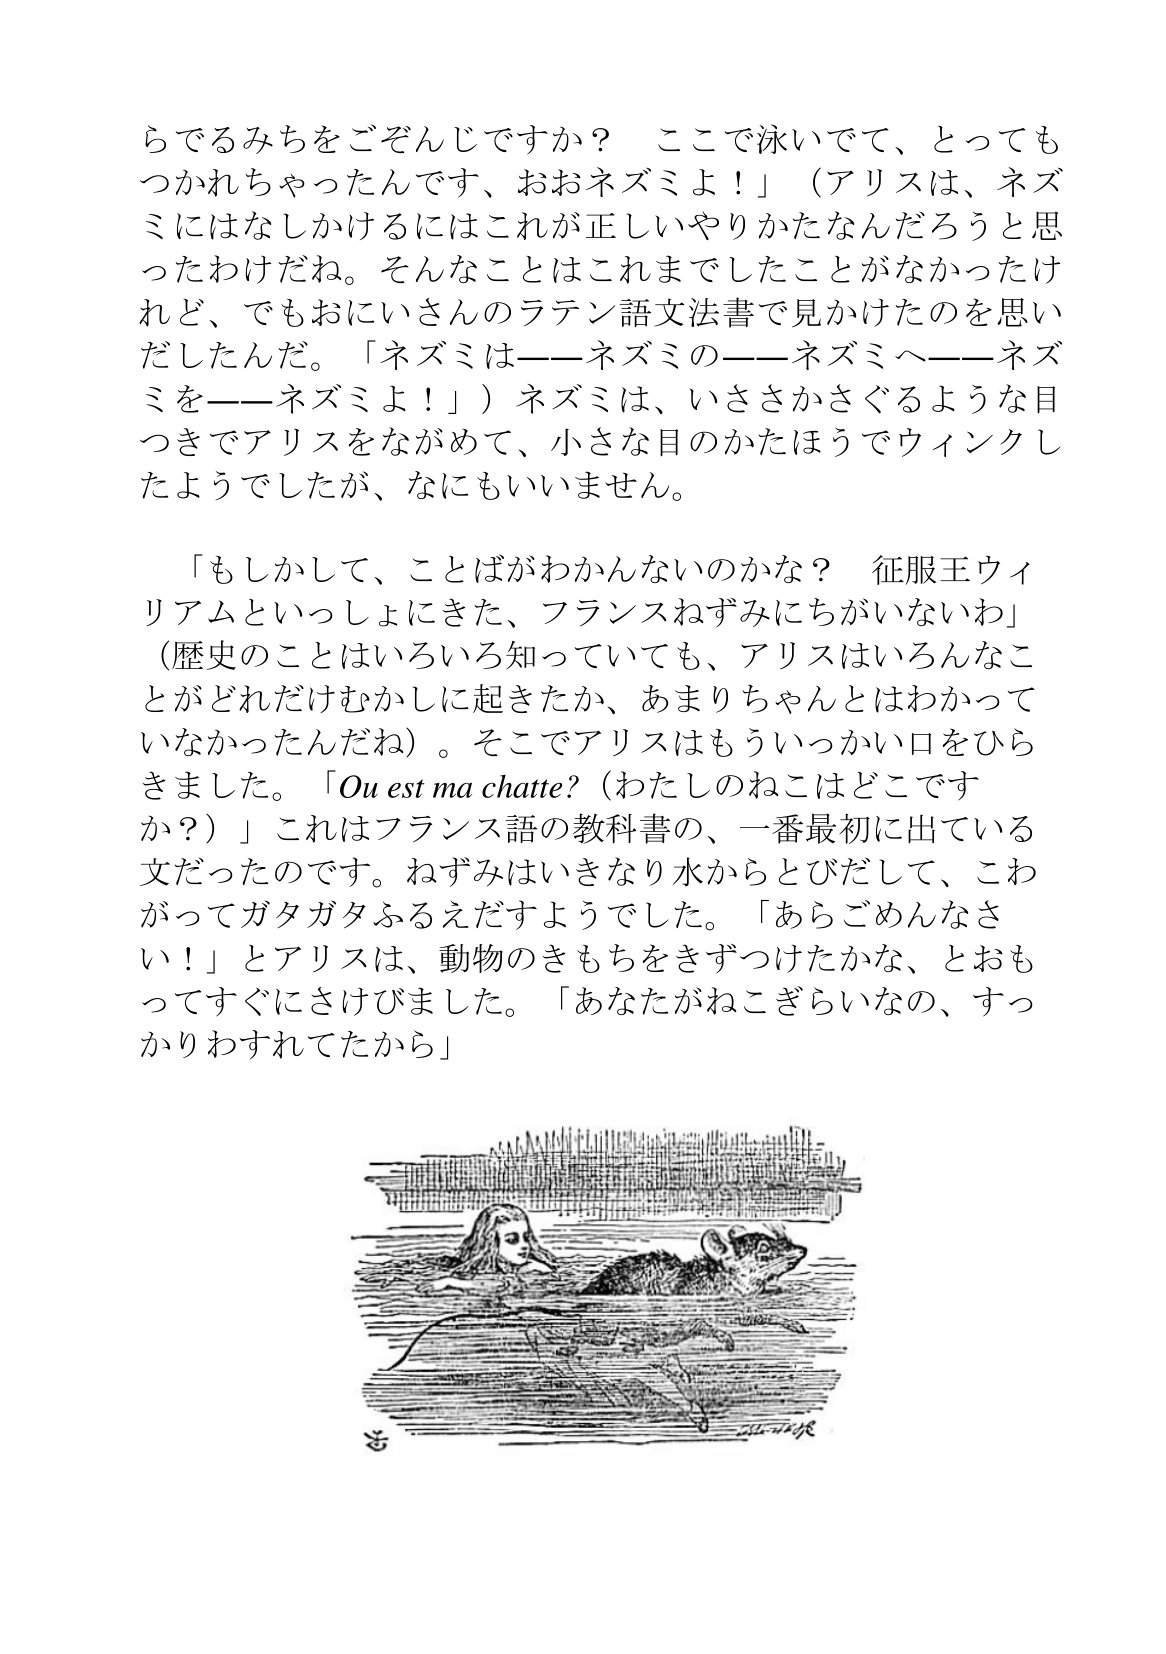
Language: ja